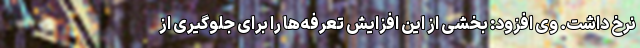
نرخ داشت. وی افزود: بخشی از این افزایش تعرفه‌ها را برای جلوگیری از